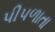
પીપળાતા